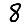
Digit: 8